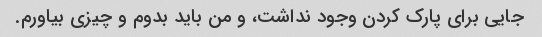
جایی برای پارک کردن وجود نداشت، و من باید بدوم و چیزی بیاورم.